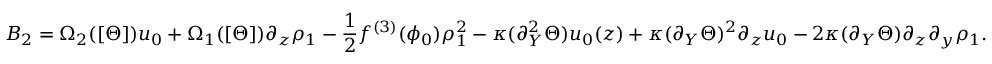
B _ { 2 } = \Omega _ { 2 } ( [ \Theta ] ) u _ { 0 } + \Omega _ { 1 } ( [ \Theta ] ) \partial _ { z } \rho _ { 1 } - \frac { 1 } { 2 } f ^ { ( 3 ) } ( \phi _ { 0 } ) \rho _ { 1 } ^ { 2 } - \kappa ( \partial _ { Y } ^ { 2 } \Theta ) u _ { 0 } ( z ) + \kappa ( \partial _ { Y } \Theta ) ^ { 2 } \partial _ { z } u _ { 0 } - 2 \kappa ( \partial _ { Y } \Theta ) \partial _ { z } \partial _ { y } \rho _ { 1 } .